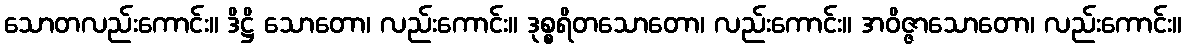
သောတလည်းကောင်း။ ဒိဋ္ဌိ သောတော၊ လည်းကောင်း။ ဒုစ္စရိတသောတော၊ လည်းကောင်း။ အဝိဇ္ဇာသောတော၊ လည်းကောင်း။